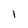
Character: I